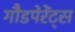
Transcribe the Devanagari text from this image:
गौडपेरेंट्स